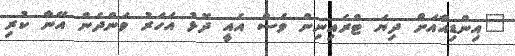
"އިންޑިއާއަށް ދިޔަ ޓްރެއިނިން ވެސް އެއީ ދޮޅު އަހަރު ވަންދެން އޭނާ ކުރި